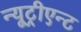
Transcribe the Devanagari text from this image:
न्यूट्रीएन्ट